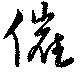
催